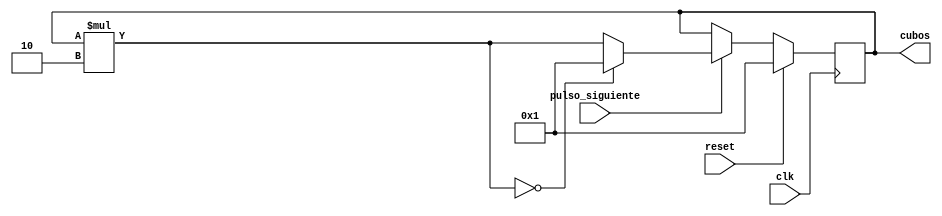
`timescale 1ns / 1ps

/*
modulo que guarda el pulso que habilita el siguiente
cubo para pintarse. Si hay 5 cubos, se ocupan 5 bits
00001
00010
00100
01000
10000
Con cada entrada "pulso_siguiente" en alto, cambia al proximo valor
*/
module registro_siguiente_cubo(
    input clk,
    input reset,
    input pulso_siguiente,
    output reg [4:0] cubos
    );

	wire [4:0] cubos_buffer;
	
	
	assign cubos_buffer = cubos * 2;
	
	
	always @(posedge clk)
		begin
			if(reset)
				cubos <= 5'b1;
			else
				begin
					if(pulso_siguiente)
						begin
							if(cubos_buffer == 0)
								cubos <= 5'b1;
							else
								cubos <= cubos_buffer;
						end
				end
		end


endmodule